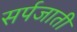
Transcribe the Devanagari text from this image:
सर्पजाती